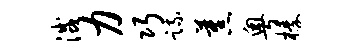
灭力巧疏蕉粤榛